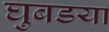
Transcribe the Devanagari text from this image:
घुबडया